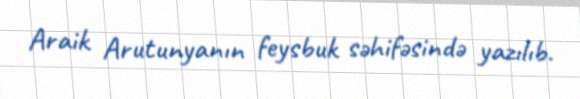
Araik Arutunyanın feysbuk səhifəsində yazılıb.